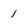
Character: 1